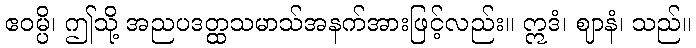
ဧဝမ္ပိ၊ ဤသို့ အညပဒတ္ထသမာသ်အနက်အားဖြင့်လည်း။ ဣဒံ၊ ဈာနံ၊ သည်။